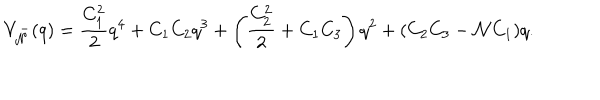
V _ { \cal N } ^ { - } ( q ) = \frac { C _ { 1 } ^ { 2 } } { 2 } q ^ { 4 } + C _ { 1 } C _ { 2 } q ^ { 3 } + \left( \frac { C _ { 2 } ^ { 2 } } { 2 } + C _ { 1 } C _ { 3 } \right) q ^ { 2 } + ( C _ { 2 } C _ { 3 } - { \cal N } C _ { 1 } ) q .